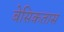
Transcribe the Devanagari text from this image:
बेसिकतास